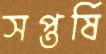
সপ্তর্ষি